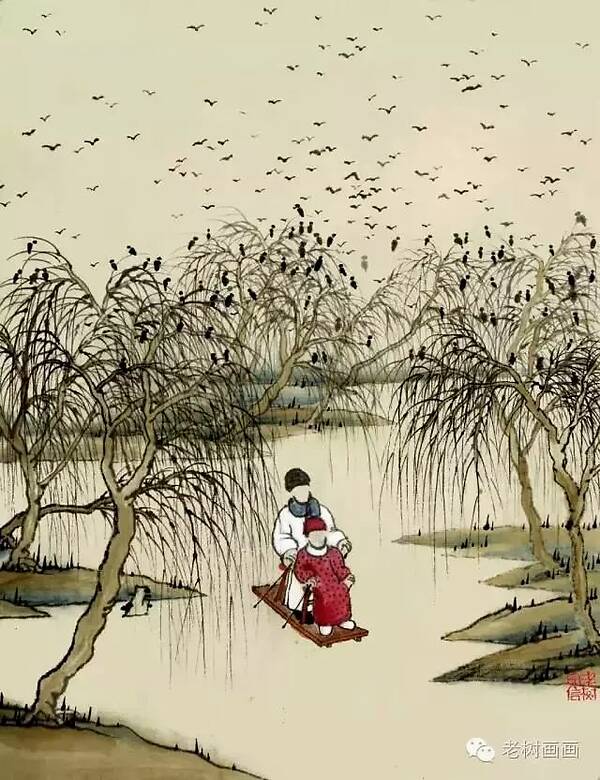
云雷，屯君子以经纶。